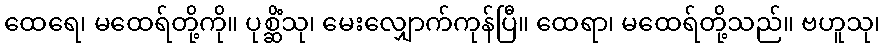
ထေရေ၊ မထေရ်တို့ကို။ ပုစ္ဆိံသု၊ မေးလျှောက်ကုန်ပြီ။ ထေရာ၊ မထေရ်တို့သည်။ ဗဟူသု၊